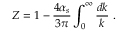
Z = 1 - \frac { 4 \alpha _ { s } } { 3 \pi } \int _ { 0 } ^ { \infty } \frac { d k } { k } ~ .